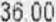
36.00